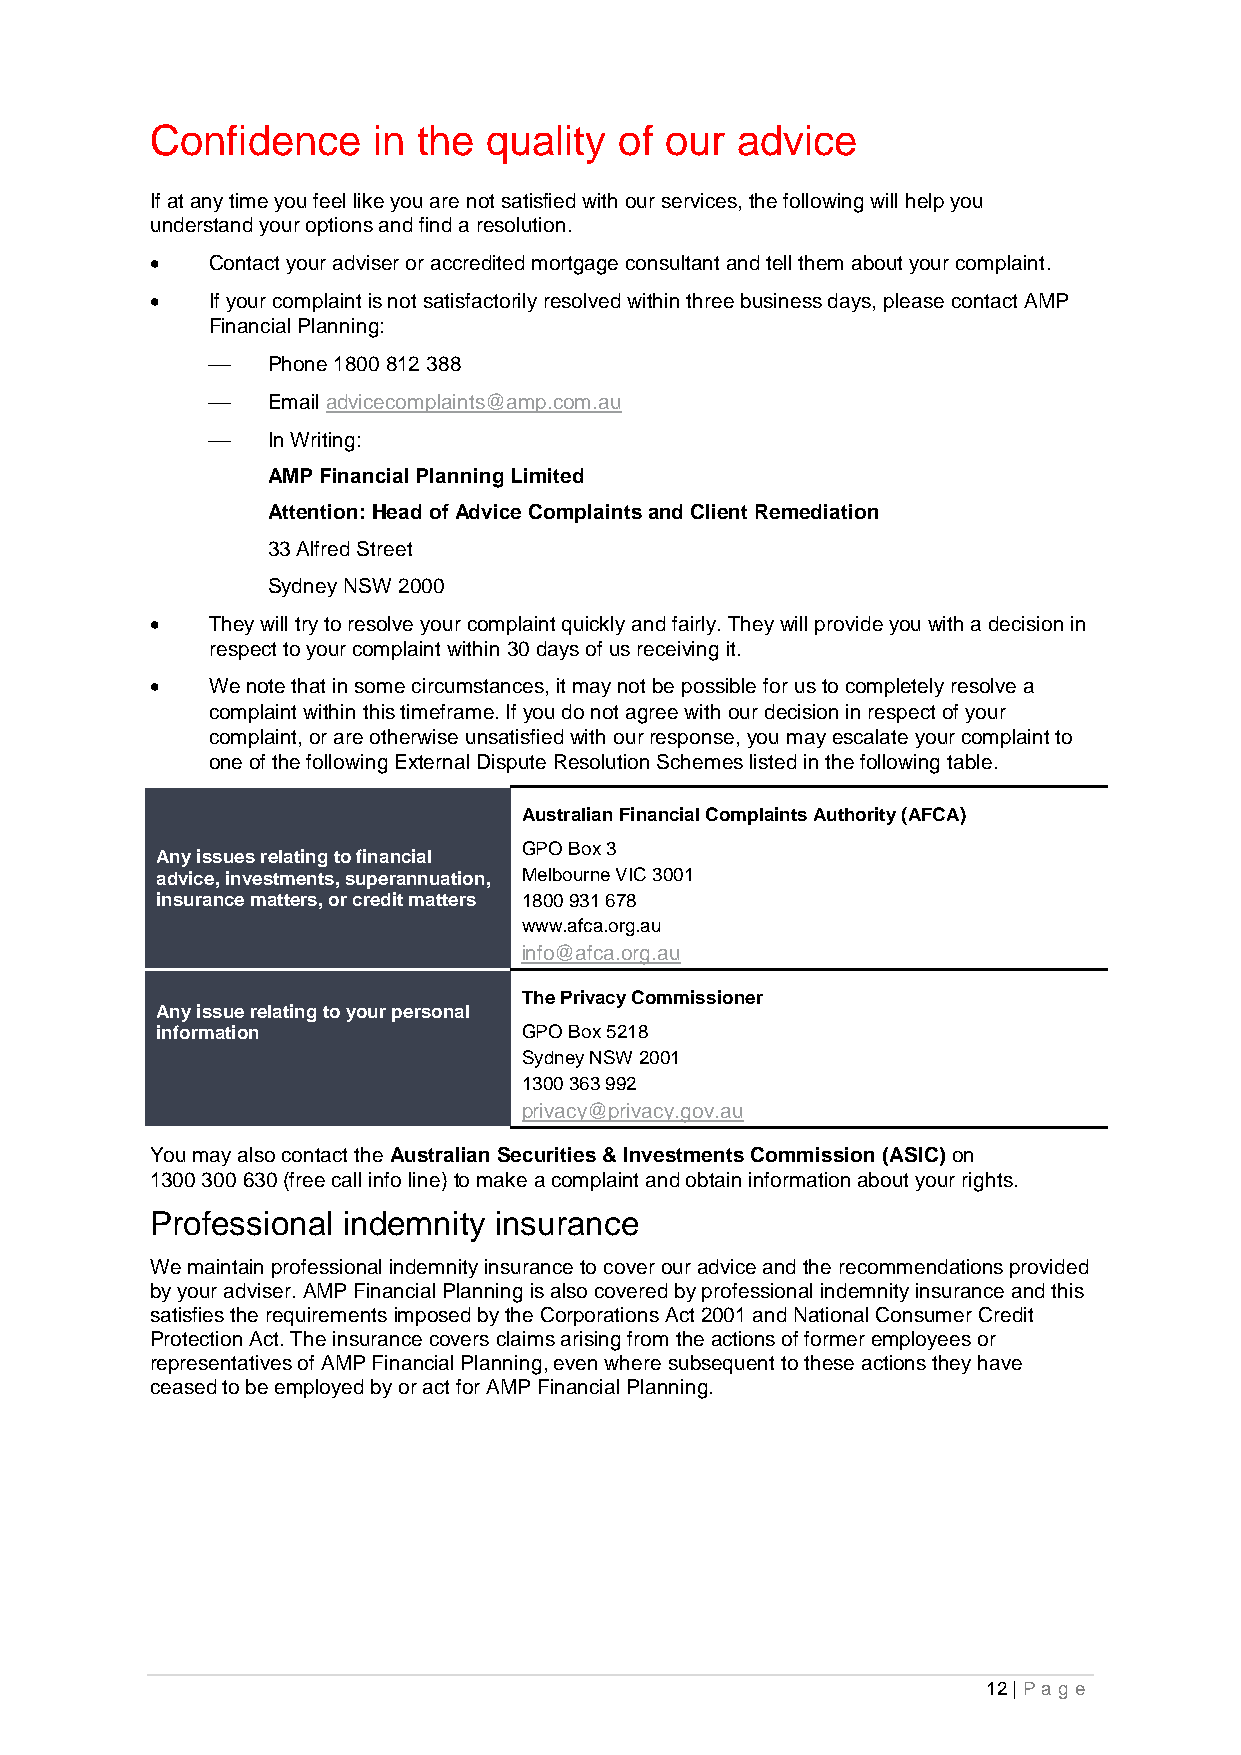
Confidence     in the quality  of our  advice
 If at any time you feel like you are not satisfied with our services, the following will help you
 understand your options and find a resolution.
    Contact your adviser or accredited mortgage consultant and tell them about your complaint.
    If your complaint is not satisfactorily resolved within three business days, please contact AMP
 Financial Planning:
    Phone 1800 812 388
    Email advicecomplaints@amp.com.au
    In Writing:
 AMP Financial Planning Limited
 Attention: Head of Advice Complaints and Client Remediation
 33 Alfred Street
 Sydney NSW 2000
    They will try to resolve your complaint quickly and fairly. They will provide you with a decision in
 respect to your complaint within 30 days of us receiving it.
    We note that in some circumstances, it may not be possible for us to completely resolve a
 complaint within this timeframe. If you do not agree with our decision in respect of your
 complaint, or are otherwise unsatisfied with our response, you may escalate your complaint to
 one of the following External Dispute Resolution Schemes listed in the following table.
 Australian Financial Complaints Authority (AFCA)
 GPO Box 3
 Any issues relating to financial
 advice, investments, superannuation, Melbourne VIC 3001
 insurance matters, or credit matters 1800 931 678
 www.afca.org.au
 info@afca.org.au
 The Privacy Commissioner
 Any issue relating to your personal
 information              GPO Box 5218
 Sydney NSW 2001
 1300 363 992
 privacy@privacy.gov.au
 You may also contact the Australian Securities & Investments Commission (ASIC) on
 1300 300 630 (free call info line) to make a complaint and obtain information about your rights.
 Professional indemnity insurance
 We maintain professional indemnity insurance to cover our advice and the recommendations provided
 by your adviser. AMP Financial Planning is also covered by professional indemnity insurance and this
 satisfies the requirements imposed by the Corporations Act 2001 and National Consumer Credit
 Protection Act. The insurance covers claims arising from the actions of former employees or
 representatives of AMP Financial Planning, even where subsequent to these actions they have
 ceased to be employed by or act for AMP Financial Planning.
 12 | Pa g e